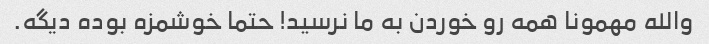
والله مهمونا همه رو خوردن به ما نرسید! حتما خوشمزه بوده دیگه.